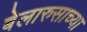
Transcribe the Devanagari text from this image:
बेलारुसाच्या